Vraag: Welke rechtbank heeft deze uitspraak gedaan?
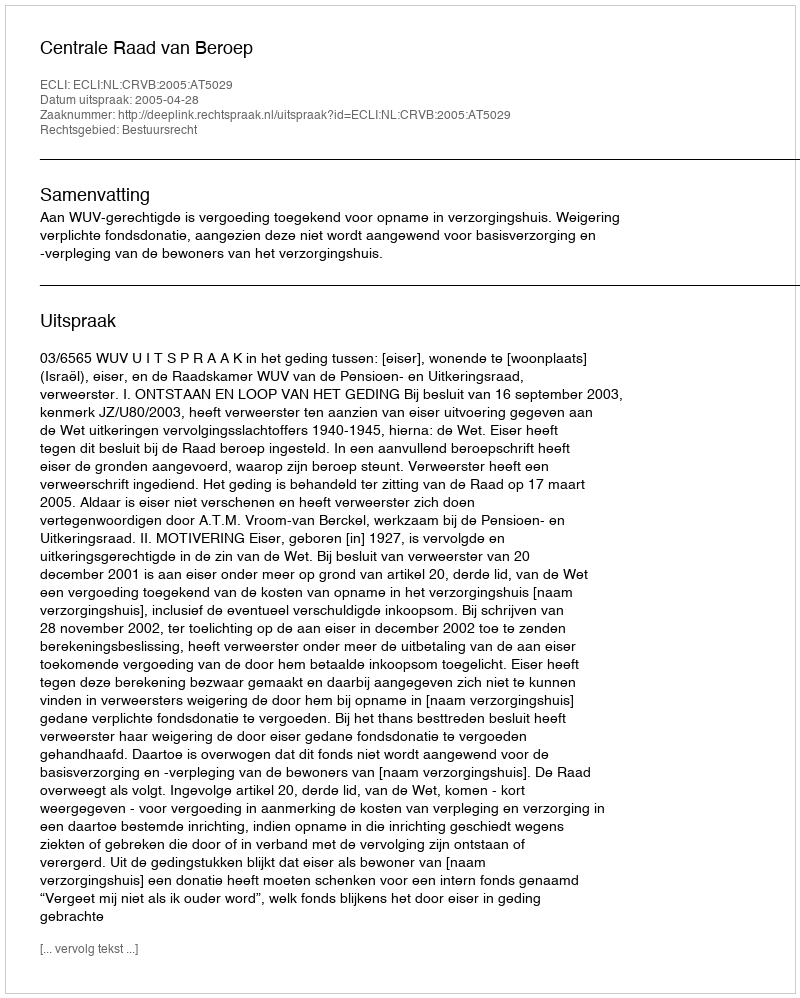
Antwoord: Centrale Raad van Beroep